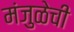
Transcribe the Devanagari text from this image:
मंजुळेची